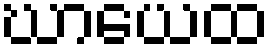
ဃာယေထ